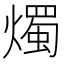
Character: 燭